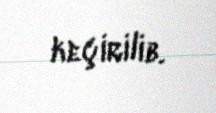
keçirilib.